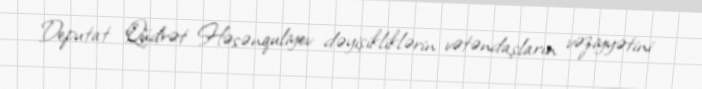
Deputat Qüdrət Həsənquliyev dəyişikliklərin vətəndaşların vəziyyətini